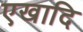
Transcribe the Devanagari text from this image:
एखादि